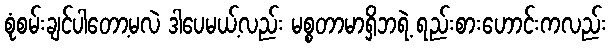
စုံစမ်းချင်ပါတော့မလဲ ဒါပေမယ့်လည်း မစ္စတာမာရှိဘရဲ့ ရည်းစားဟောင်းကလည်း